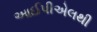
આઈપીએલથી